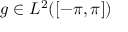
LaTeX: g \in L ^ { 2 } ( [ - \pi , \pi ] )